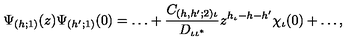
\Psi _ { ( h ; 1 ) } ( z ) \Psi _ { ( h ^ { \prime } ; 1 ) } ( 0 ) = \ldots + \frac { C _ { ( h , h ^ { \prime } ; 2 ) \iota } } { D _ { \iota \iota ^ { * } } } z ^ { h _ { \iota } - h - h ^ { \prime } } \chi _ { \iota } ( 0 ) + \ldots ,